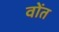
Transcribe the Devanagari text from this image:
वोंत